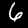
Digit: 6